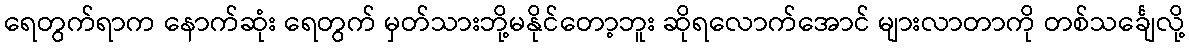
ရေတွက်ရာက နောက်ဆုံး ရေတွက် မှတ်သားဘို့မနိုင်တော့ဘူး ဆိုရလောက်အောင် များလာတာကို တစ်သင်္ချေလို့